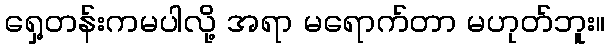
ရှေ့တန်းကမပါလို့ အရာ မရောက်တာ မဟုတ်ဘူး။